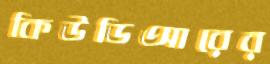
কিউডিআরের